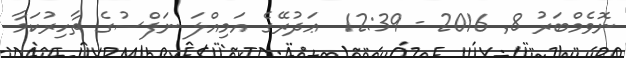
ނޮވެމްބަރު 8